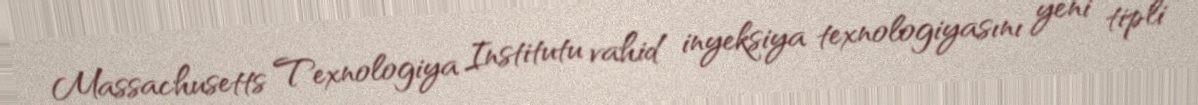
Massachusetts Texnologiya Institutu vahid inyeksiya texnologiyasını yeni tipli